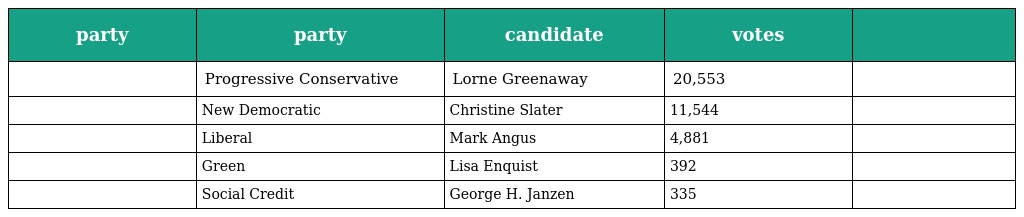
| party | party | candidate | votes |  |
 | --- | --- | --- | --- | --- |
 |  | Progressive Conservative | Lorne Greenaway | 20,553 |  |
 |  | New Democratic | Christine Slater | 11,544 |  |
 |  | Liberal | Mark Angus | 4,881 |  |
 |  | Green | Lisa Enquist | 392 |  |
 |  | Social Credit | George H. Janzen | 335 |  |